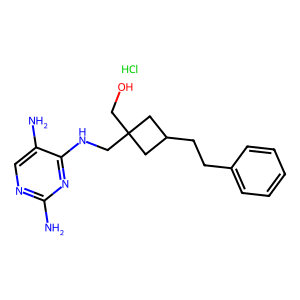
SMILES: Cl.Nc1ncc(N)c(NCC2(CO)CC(CCc3ccccc3)C2)n1
Inhibits HIV replication: No